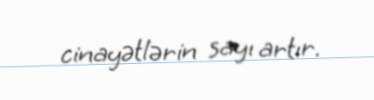
cinayətlərin sayı artır.